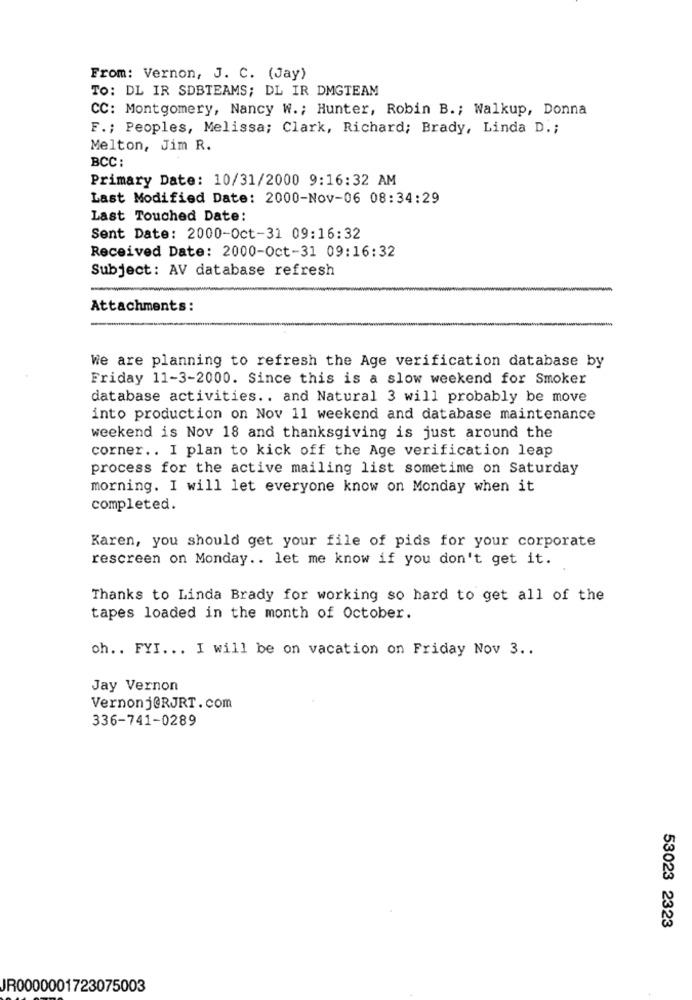
From: Vernon, J. C. (Jay)
TO: DL IR SDBTEAMS; DL IR DMGTEAM
CC: Montgomery, Nancy W .; Hunter, Robin B .; Walkup, Donna
F .; Peoples, Melissa; Clark, Richard; Brady, Linda D .;
Melton, Jim R.
BCC :
Primary Date: 10/31/2000 9:16:32 AM
Last Modified Date: 2000-Nov-06 08:34:29
Last Touched Date:
Sent Date: 2000-Oct-31 09:16:32
Received Date: 2000-Oct-31 09:16:32
Subject: AV database refresh
Attachments:
We are planning to refresh the Age verification database by
Friday 11-3-2000. Since this is a slow weekend for Smoker
database activities .. and Natural 3 will probably be move
into production on Nov 11 weekend and database maintenance
weekend is Nov 18 and thanksgiving is just around the
corner .. I plan to kick off the Age verification leap
process for the active mailing list sometime on Saturday
morning. I will let everyone know on Monday when it
completed.
Karen, you should get your file of pids for your corporate
rescreen on Monday .. let me know if you don't get it.
Thanks to Linda Brady for working so hard to get all of the
tapes loaded in the month of October.
oh .. FYI ... I will be on vacation on Friday Nov 3 ..
Jay Vernon
Vernonj@RJRT.com
336-741-0289
53023 2323
JR0000001723075003